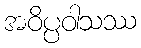
အဝိပ္ပဝါသဿ